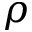
\rho